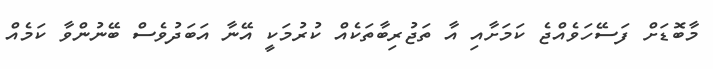
މާބޮޑަށް ފަސޭހަވެއްޖެ ކަމަށާއި އާ ތަޖުރިބާތަކެއް ކުރުމަކީ އޭނާ އަބަދުވެސް ބޭނުންވާ ކަމެއް